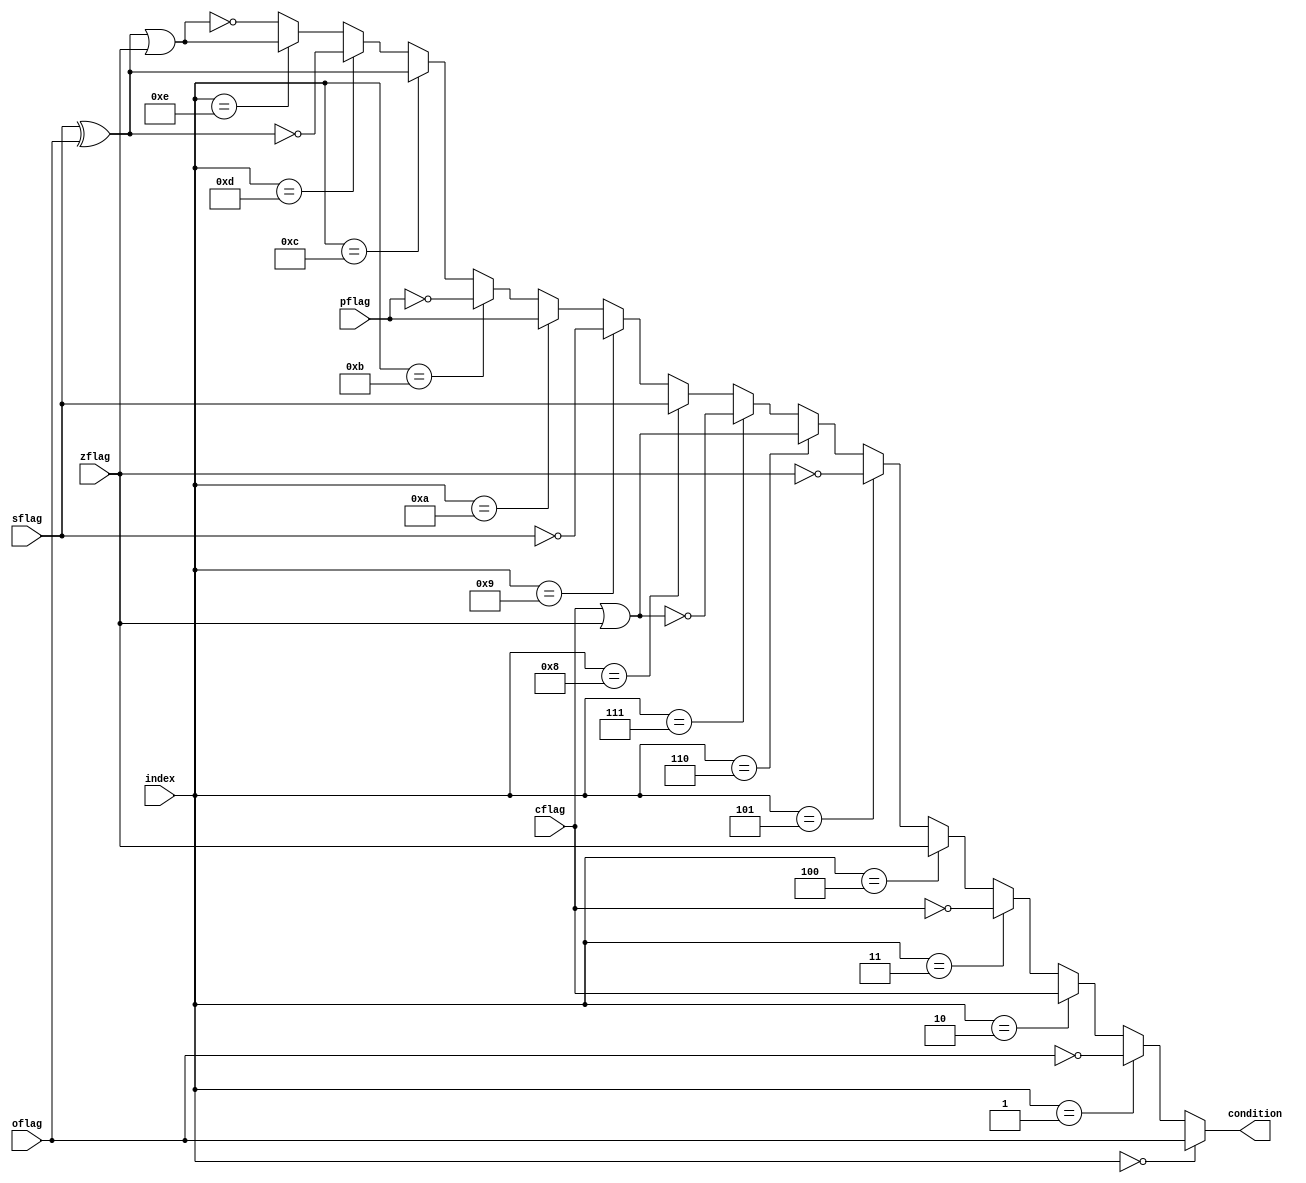
/*
 * Copyright (c) 2014, Aleksander Osman
 * All rights reserved.
 * 
 * Redistribution and use in source and binary forms, with or without
 * modification, are permitted provided that the following conditions are met:
 * 
 * * Redistributions of source code must retain the above copyright notice, this
 *   list of conditions and the following disclaimer.
 * 
 * * Redistributions in binary form must reproduce the above copyright notice,
 *   this list of conditions and the following disclaimer in the documentation
 *   and/or other materials provided with the distribution.
 * 
 * THIS SOFTWARE IS PROVIDED BY THE COPYRIGHT HOLDERS AND CONTRIBUTORS "AS IS"
 * AND ANY EXPRESS OR IMPLIED WARRANTIES, INCLUDING, BUT NOT LIMITED TO, THE
 * IMPLIED WARRANTIES OF MERCHANTABILITY AND FITNESS FOR A PARTICULAR PURPOSE ARE
 * DISCLAIMED. IN NO EVENT SHALL THE COPYRIGHT HOLDER OR CONTRIBUTORS BE LIABLE
 * FOR ANY DIRECT, INDIRECT, INCIDENTAL, SPECIAL, EXEMPLARY, OR CONSEQUENTIAL
 * DAMAGES (INCLUDING, BUT NOT LIMITED TO, PROCUREMENT OF SUBSTITUTE GOODS OR
 * SERVICES; LOSS OF USE, DATA, OR PROFITS; OR BUSINESS INTERRUPTION) HOWEVER
 * CAUSED AND ON ANY THEORY OF LIABILITY, WHETHER IN CONTRACT, STRICT LIABILITY,
 * OR TORT (INCLUDING NEGLIGENCE OR OTHERWISE) ARISING IN ANY WAY OUT OF THE USE
 * OF THIS SOFTWARE, EVEN IF ADVISED OF THE POSSIBILITY OF SUCH DAMAGE.
 */

module condition(
    input               oflag,
    input               cflag,
    input               sflag,
    input               zflag,
    input               pflag,
    
    input       [3:0]   index,
    
    output              condition
);

//------------------------------------------------------------------------------

assign condition =
    (index[3:0] == 4'd0)?    oflag :
    (index[3:0] == 4'd1)?   !oflag :
    (index[3:0] == 4'd2)?    cflag :
    (index[3:0] == 4'd3)?   !cflag :
    (index[3:0] == 4'd4)?    zflag :
    (index[3:0] == 4'd5)?   !zflag :
    (index[3:0] == 4'd6)?    (cflag | zflag) :
    (index[3:0] == 4'd7)?   !(cflag | zflag) :
    (index[3:0] == 4'd8)?    sflag :
    (index[3:0] == 4'd9)?   !sflag :
    (index[3:0] == 4'd10)?   pflag :
    (index[3:0] == 4'd11)?  !pflag :
    (index[3:0] == 4'd12)?   (sflag ^ oflag) :
    (index[3:0] == 4'd13)?  !(sflag ^ oflag) :
    (index[3:0] == 4'd14)?   ((sflag ^ oflag) | zflag) :
                            !((sflag ^ oflag) | zflag);

endmodule